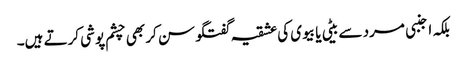
بلکہ اجنبی مرد سے بیٹی یا بیوی کی عشقیہ گفتگو سن کر بھی چشم پوشی کرتے ہیں۔